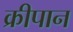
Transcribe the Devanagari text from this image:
क्रीपान